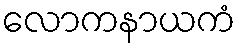
လောကနာယကံ